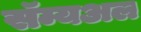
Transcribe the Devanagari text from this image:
सॅम्यअल